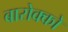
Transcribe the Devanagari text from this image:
बारोक्को